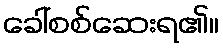
ခေါ်စစ်ဆေးရ၏။